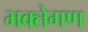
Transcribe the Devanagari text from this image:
भक्तेगण